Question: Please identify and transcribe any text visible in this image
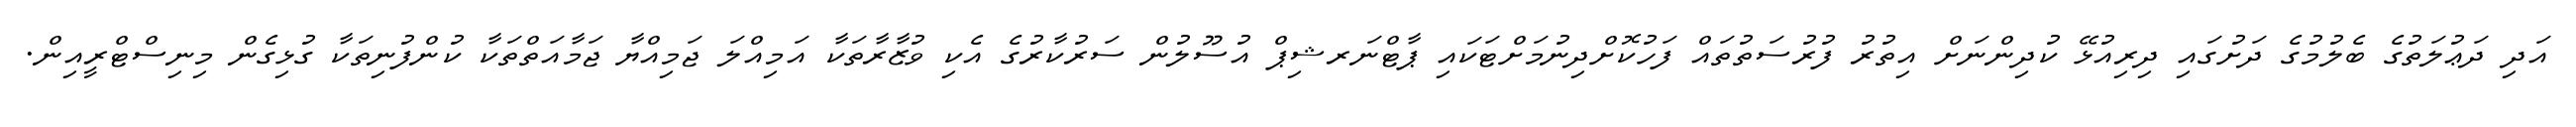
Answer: އަދި ދަޢުލަތުގެ ބެލުމުގެ ދަށުގައި ދިރިއުޅޭ ކުދިންނަށް އިތުރު ފުރުސަތުތައް ފަހުކޮށްދިނުމަށްޓަކައި ޕާޓްނަރޝިޕް އުސޫލުން ސަރުކާރުގެ އެކި ވުޒާރާތަކާ އަމިއްލަ ޖަމިއްޔާ ޖަމާއަތްތަކާ ކުންފުނިތަކާ ގުޅިގެން މިނިސްޓްރީއިން.